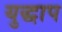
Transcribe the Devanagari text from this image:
युद्धाप